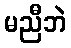
မညီဘဲ